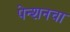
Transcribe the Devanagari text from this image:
पेन्शनचा